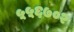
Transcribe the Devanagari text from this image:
५५६७०२